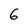
Character: 6